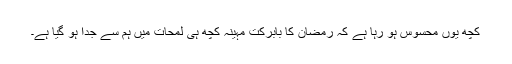
کچھ یوں محسوس ہو رہا ہے کہ رمضان کا بابرکت مہینہ کچھ ہی لمحات میں ہم سے جدا ہو گیا ہے۔